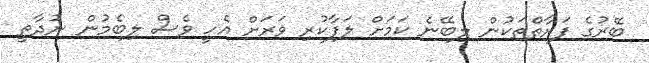
ބޭރުގެ ފަރާތްތަކުން ލިބޭނެ ކަމަށް ލަފާކުރި ވަރަށް އެހީ ވެސް ލިބެމުން ނުދާތީ